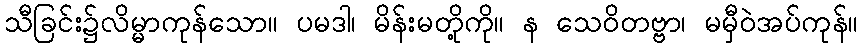
သီခြင်း၌လိမ္မာကုန်သော။ ပမဒါ၊ မိန်းမတို့ကို။ န သေဝိတဗ္ဗာ၊ မမှီဝဲအပ်ကုန်။